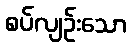
စပ်လျဉ်းသော